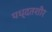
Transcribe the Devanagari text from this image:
पध्दतशीर